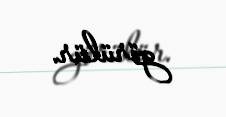
görülür.